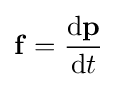
\mathbf {f} ={\frac {\mathrm {d} \mathbf {p} }{\mathrm {d} t}}\,\!